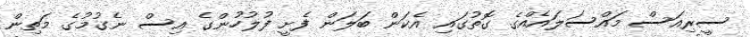
ސީރިއަސް މައްސަލައެއްގެ ގޮތުގައި އެކަން ބަލަން ފެށީ ފުލުހުންގެ އިސް ނެގުމުގެ މަތިން